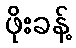
ဖိုးခန့်